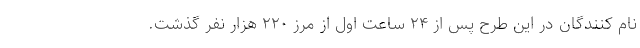
نام کنندگان در این طرح پس از ۲۴ ساعت اول از مرز ۲۲۰ هزار نفر گذشت.